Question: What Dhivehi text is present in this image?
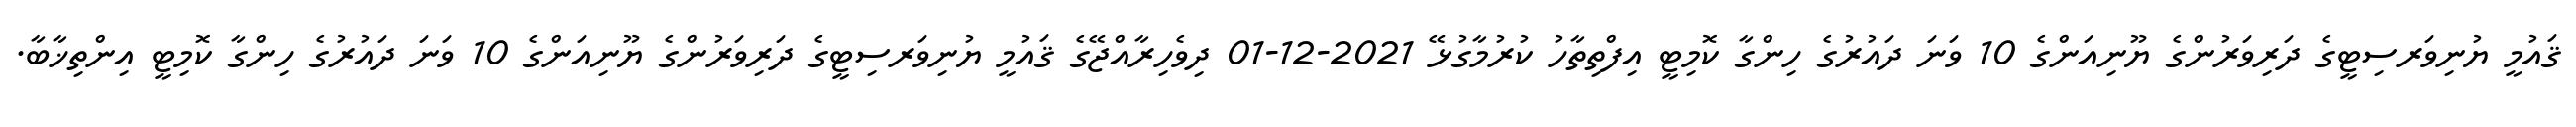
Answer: ޤައުމީ ޔުނިވަރސިޓީގެ ދަރިވަރުންގެ ޔޫނިއަންގެ 10 ވަނަ ދައުރުގެ ހިންގާ ކޮމިޓީ އިފްތިތާހު ކުރުމާގުޅޭ 2021-12-01 ދިވެހިރާއްޖޭގެ ޤައުމީ ޔުނިވަރސިޓީގެ ދަރިވަރުންގެ ޔޫނިއަންގެ 10 ވަނަ ދައުރުގެ ހިންގާ ކޮމިޓީ އިންތިޚާބާ.